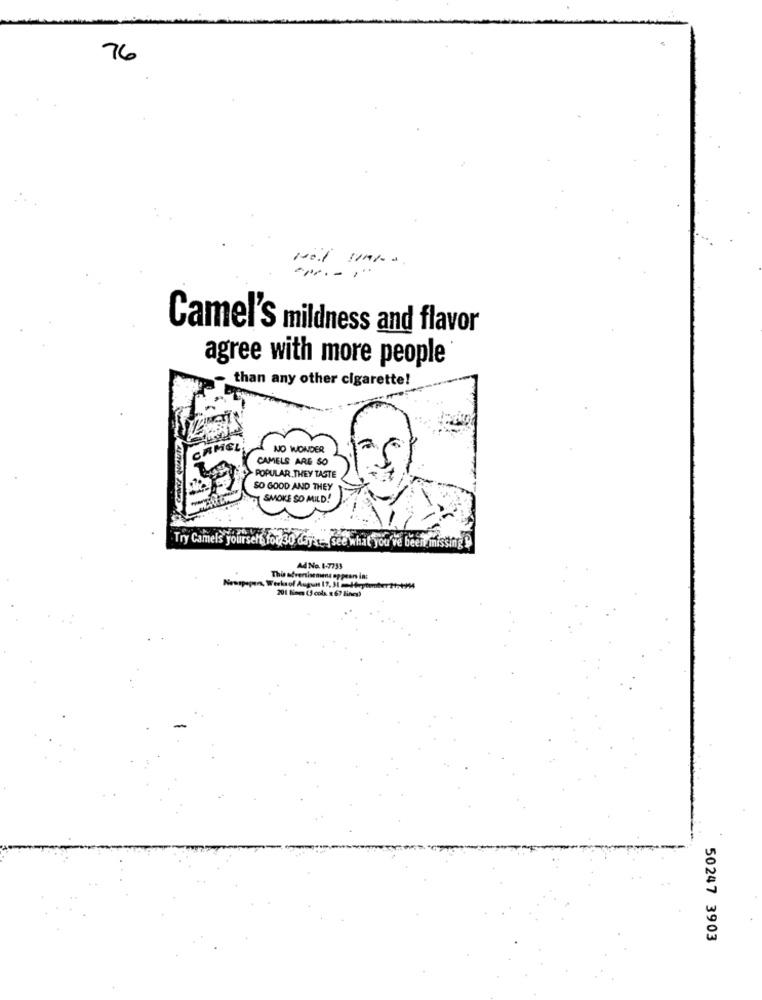
76
-.......
Camel'S mildness and flavor
agree with more people
than any other cigarette!
MEL
NO WONDER
CAMELS ARE SO
POPULAR,THEY TASTE
SO GOOD AND THEY
SMOKE SO MILD!
. Try Camels yourself fo
Yourself for 30 days- see what you've been missing y
A4 No. 1-7733
This advertisement op peans in:
201 lines (3 cols. « 67 lines)
50247 3903